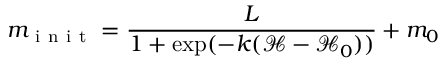
m _ { \mathrm { ~ i ~ n ~ i ~ t ~ } } = \frac { L } { 1 + \exp ( - k ( \mathcal { H } - \mathcal { H } _ { 0 } ) ) } + m _ { 0 }